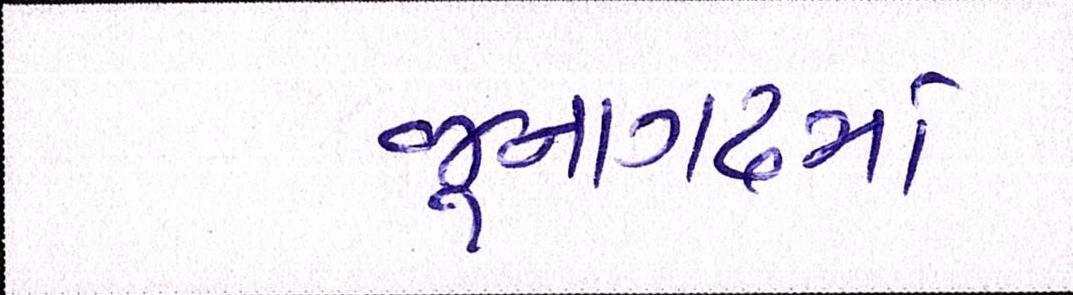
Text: જૂનાગઢમાં